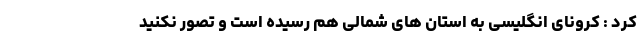
کرد : کرونای انگلیسی به استان های شمالی هم رسیده است و تصور نکنید